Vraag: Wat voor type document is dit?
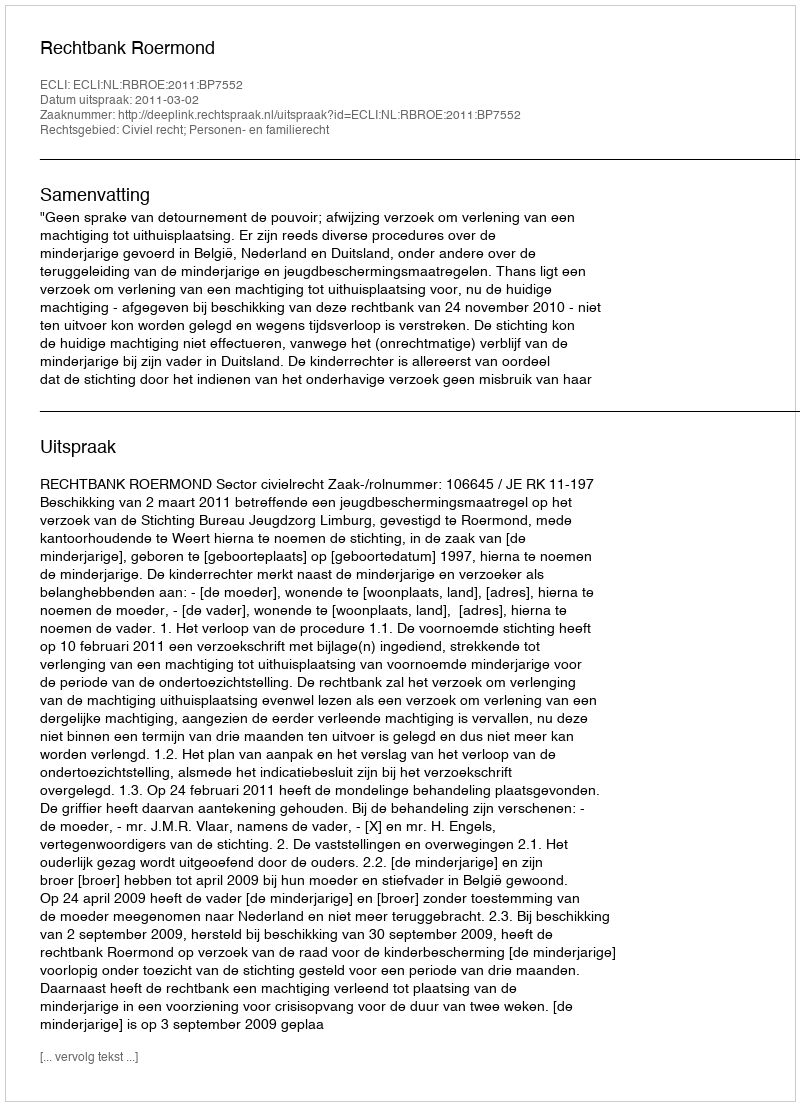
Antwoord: Uitspraak